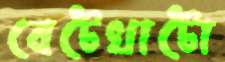
বেটেখাটো